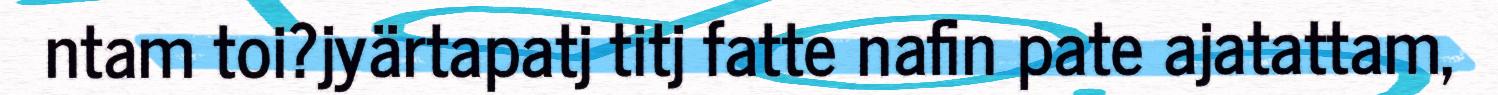
ntam toi?jyärtapatj titj fatte nafin pate ajatattam,